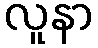
လူနာ